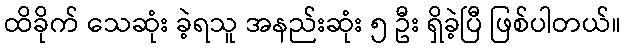
ထိခိုက် သေဆုံး ခဲ့ရသူ အနည်းဆုံး ၅ ဦး ရှိခဲ့ပြီ ဖြစ်ပါတယ်။